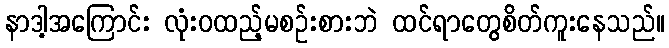
နာဒါ့အကြောင်း လုံးဝထည့်မစဉ်းစားဘဲ ထင်ရာတွေစိတ်ကူးနေသည်။